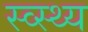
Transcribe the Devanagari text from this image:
स्व्स्थ्य